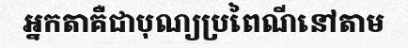
អ្នកតាគឺជាបុណ្យប្រពៃណីនៅតាម